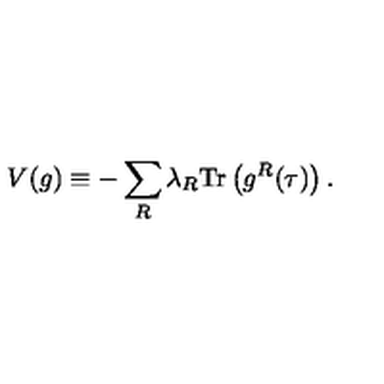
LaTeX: V ( g ) \equiv - \sum _ { R } \lambda _ { R } \mathrm { T r } \left( g ^ { R } ( \tau ) \right) .